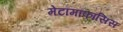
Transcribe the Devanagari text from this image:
मेटॉमॉफॉसिस